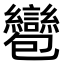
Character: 𧮌